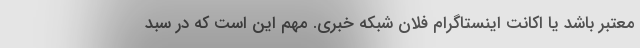
معتبر باشد یا اکانت اینستاگرام فلان شبکه خبری. مهم این است که در سبد